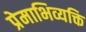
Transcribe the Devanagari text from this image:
प्रेमाभिव्यक्ति